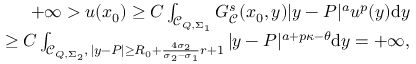
\begin{array} { r l r } & { } & { + \infty > u ( x _ { 0 } ) \geq C \int _ { \mathcal C _ { Q , \Sigma _ { 1 } } } G _ { \mathcal { C } } ^ { s } ( x _ { 0 } , y ) | y - P | ^ { a } u ^ { p } ( y ) \mathrm { d } y } \\ & { } & { \qquad \qquad \quad \, \, \, \, \geq C \int _ { \mathcal C _ { Q , \Sigma _ { 2 } } , \, | y - P | \geq R _ { 0 } + \frac { 4 \sigma _ { 2 } } { \sigma _ { 2 } - \sigma _ { 1 } } r + 1 } | y - P | ^ { a + p \kappa - \theta } \mathrm { d } y = + \infty , } \end{array}